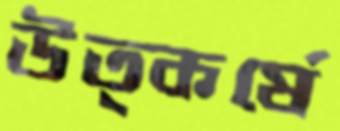
উত্কর্ষে